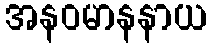
အနဝမာနနာယ